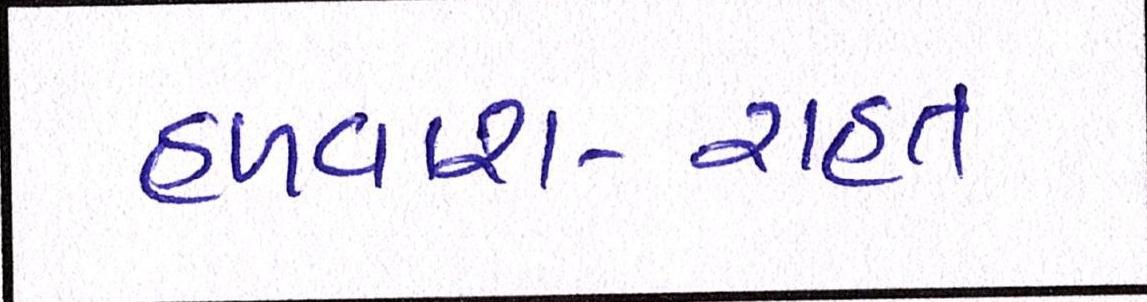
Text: હળવાશ-રાહત